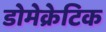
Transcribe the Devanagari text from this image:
डोमेक्रेटिक